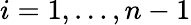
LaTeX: i=1,\ldots,n-1